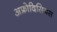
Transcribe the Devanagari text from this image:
अफ्रोदिसियस